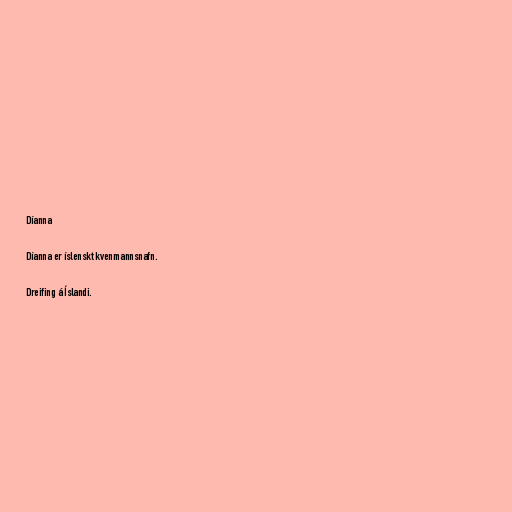
Díanna

Díanna er íslenskt kvenmannsnafn.

Dreifing á Íslandi.